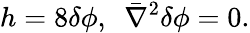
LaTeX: h=8\delta\phi,~~\bar{\nabla}^{2}\delta\phi=0.